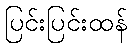
ပြင်းပြင်းထန်